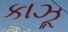
કાઝૂ